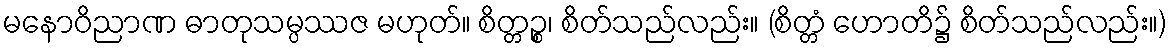
မနောဝိညာဏ ဓာတုသမ္ပဿဇ မဟုတ်။ စိတ္တဉ္စ၊ စိတ်သည်လည်း။ (စိတ္တံ ဟောတိ၌ စိတ်သည်လည်း။)